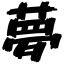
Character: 夢